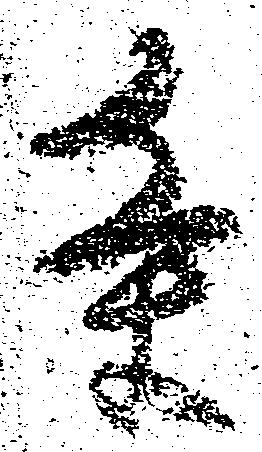
条